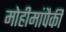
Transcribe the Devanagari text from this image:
मोहीमांपैकी